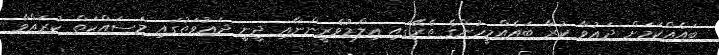
ބައެއްކަމަށް ދަޢުވާ ކުރާ ބައެއްމީހުންގެ ތެރޭގައި ޢިލްމުވެރީންނާއި ދީނީ ދަޢުވަތުގައި މަސައްކަތް ކުރައްވާ